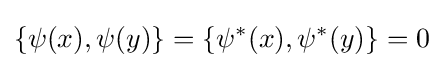
\{\psi (x),\psi (y)\}=\{\psi ^{*}(x),\psi ^{*}(y)\}=0